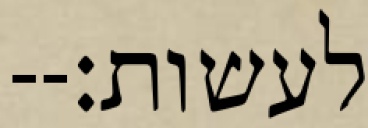
לעשות׃--